Vaccination in Bombay 1869-1873 - 1869-1873
Year: 1869
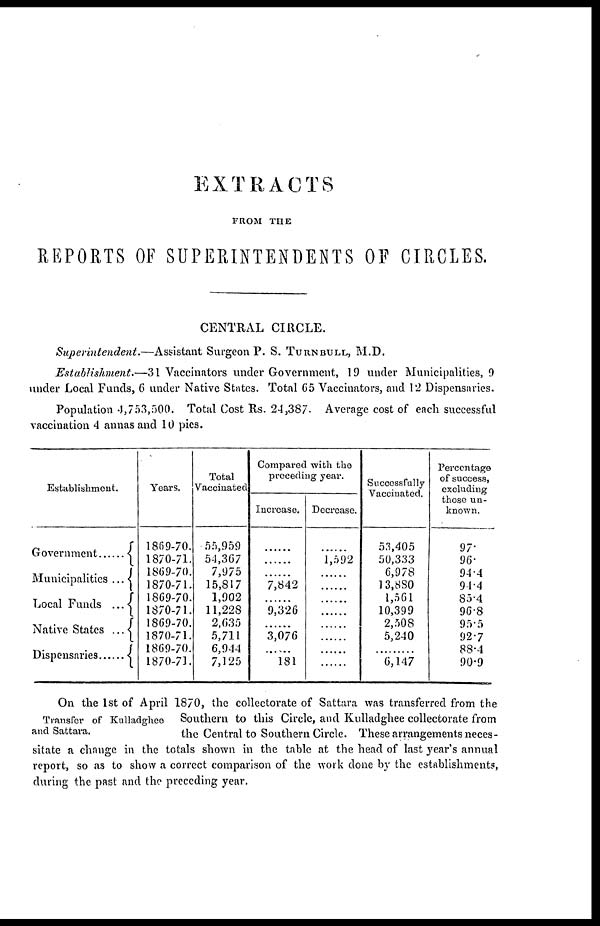
EXTRACTS
FROM THE
REPORTS OF SUPERINTENDENTS OF CIRCLES.
CENTRAL CIRCLE.
Superintendent.—Assistant
Surgeon P. S. TURNBULL, M.D.
Establishment.—31 Vaccinators under Government, 19 under Municipalities, 9
under Local Funds, 6 under Native States. Total 65 Vaccinators, and 12 Dispensaries.
Population 4,753,500. Total Cost Rs. 24,387. Average cost of each successful
vaccination 4 annas and 10 pies.
Establishment.
Government
Municipalities ...
Local Funds ...
Native States ...
Dispensaries......
Years.
1869-70.
1870-71.
1869-70.
1870-71.
1869-70.
1870-71.
1869-70.
1870-71.
1869-70.
1870-71.
Total
Vaccinated.
55,959
54,367
7,975
15,817
1,902
11,228
2,635
5,711
6,944
7,125
Compared with the
preceding year.
Increase.
......
......
......
7,842
......
9,326
......
3,076
......
181
Decrease.
......
1,592
......
......
......
......
......
......
......
......
Successfully
Vaccinated.
53,405
50,333
6,978
13,880
1,561
10,399
2,508
5,240
......
6,147
Percentage
of success,
excluding
those un-
known.
97.
96.
94.4
94.4
85.4
96.8
95.5
92.7
88.4
90.9
Transfer of Kulladghee
and Sattara.
On the 1st of April 1870, the collectorate of Sattara was transferred from the
Southern to this Circle, and Kulladghee collectorate from
the Central to Southern Circle. These arrangements neces-
sitate a change in the totals shown in the table at the head of last year's annual
report, so as to show a correct comparison of the work done by the establishments,
during the past and the preceding year.